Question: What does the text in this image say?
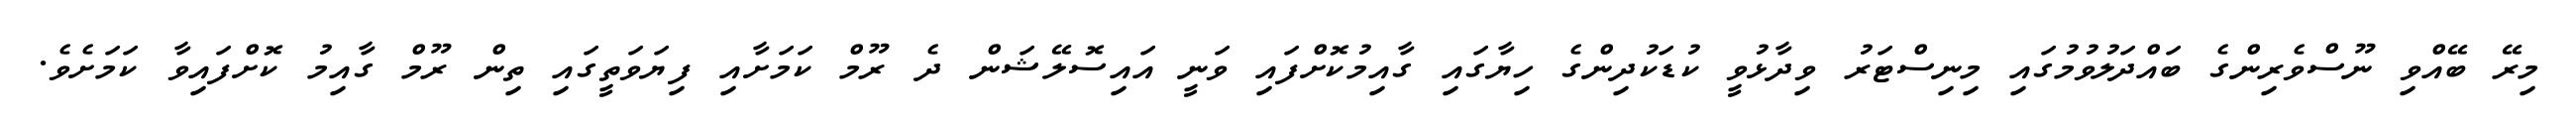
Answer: މިރޭ ބޭއްވި ނޫސްވެރިންގެ ބައްދަލުވުމުގައި މިނިސްޓަރު ވިދާޅުވީ ކުޑަކުދިންގެ ހިޔާގައި ގާއިމުކޮށްފައި ވަނީ އައިސޮލޭޝަން ދެ ރޫމް ކަމަށާއި ފިޔަވަތީގައި ތިން ރޫމް ގާއިމު ކޮށްފައިވާ ކަމަށެވެ.